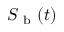
S _ { \mathrm { ~ b ~ } } ( t )